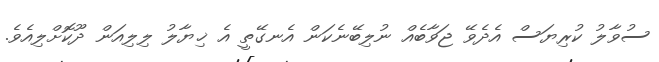
ސުވާލު ކުރިޔަސް އެދެވޭ ޖަވާބެއް ނުލިބޭނެކަން އެނގޭތީ އެ ޚިޔާލު ލިލިއަން ދޫކޮށްލިއެވެ.